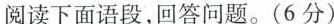
阅读下面语段，回答问题。(6分)